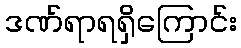
ဒဏ်ရာရရှိကြောင်း